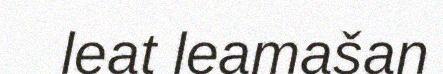
leat leamašan